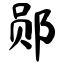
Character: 郧